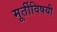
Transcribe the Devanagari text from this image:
मूर्तीविषयी